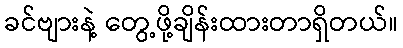
ခင်ဗျားနဲ့ တွေ့ဖို့ချိန်းထားတာရှိတယ်။